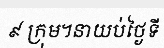
៩ ក្រុម។នាយប់ថ្ងៃទី